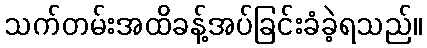
သက်တမ်းအထိခန့်အပ်ခြင်းခံခဲ့ရသည်။